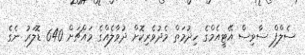
ސެލްފް ސާވިސް އޭޓީއެމްގެ ހިދުމަތް މެދުވެރިކޮށް ދުވާލެއްގެ މައްޗަށް 640 ޑޮލަރު ނެގެ